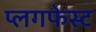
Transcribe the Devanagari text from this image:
प्लगफेस्ट